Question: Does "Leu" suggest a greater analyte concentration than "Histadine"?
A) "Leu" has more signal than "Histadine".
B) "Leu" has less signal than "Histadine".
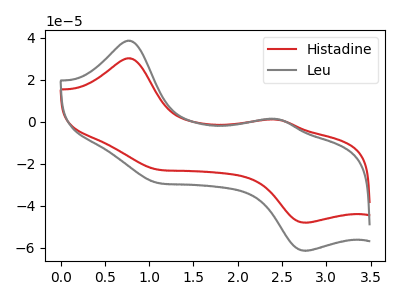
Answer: <think>The red curve "Histadine" has anodic peaks at (0.75V, 30.15uA) (2.45V, 1.00uA) and cathodic peaks at (1.10V, -22.75uA) (2.75V, -48.15uA). The gray curve "Leu" has anodic peaks at (0.75V, 38.50uA) (2.45V, 1.25uA) and cathodic peaks at (1.10V, -29.05uA) (2.75V, -61.45uA).
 All the peaks in "Leu" have a peak in "Histadine" at the same potential. Every peak in "Leu" is higher than every peak in "Histadine".</think>
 <answer>A) "Leu" has more signal than "Histadine".</answer>
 <eval>A</eval>